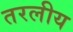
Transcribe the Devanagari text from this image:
तरलीय